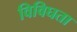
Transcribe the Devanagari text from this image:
विविघता